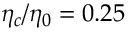
\eta _ { c } / \eta _ { 0 } = 0 . 2 5